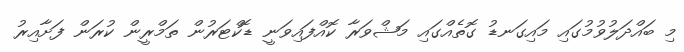
މި ބައްދަލުވުމުގައި މައިގަނޑު ގޮތެއްގައި މަޝްވަރާ ކޮއްފައިވަނީ ޑޮކްޓަރުން ތަމްރީން ކުރަން ފަށާއިރު